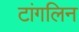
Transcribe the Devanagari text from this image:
टांगलिन